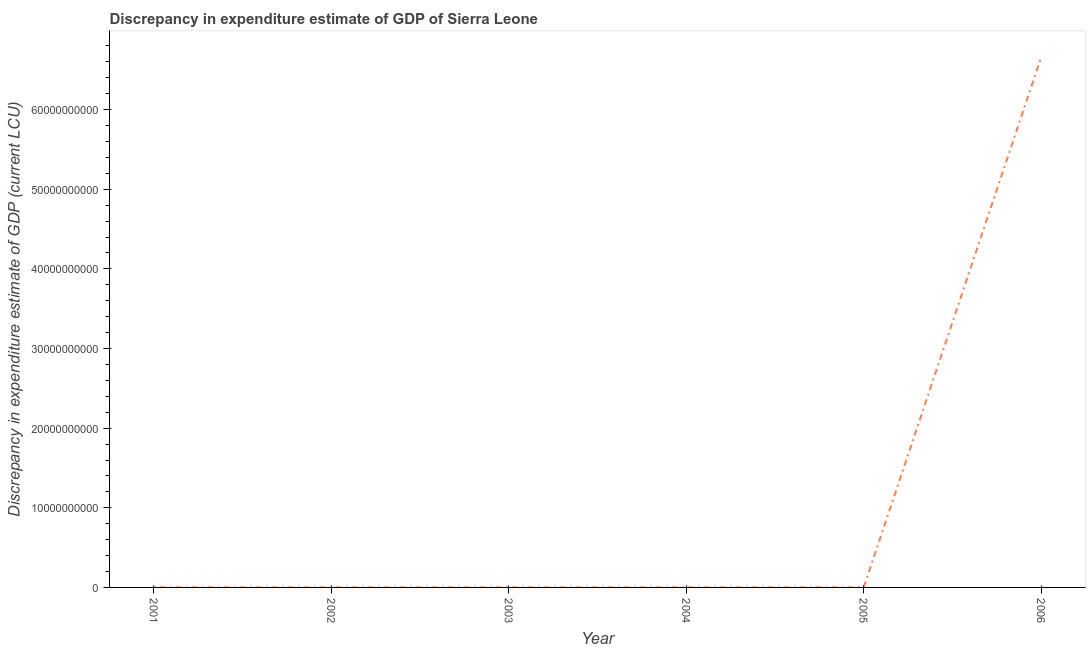
| Year | Discrepancy current LCU |
 | --- | --- |
 | 2001 | 2e+06 |
 | 2002 | 1e+06 |
 | 2003 | -0.00044 |
 | 2004 | -6e-05 |
 | 2005 | 2e+06 |
 | 2006 | 6.66e+10 |